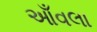
આઁવલા